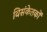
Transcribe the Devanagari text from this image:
विसंकेतकों